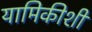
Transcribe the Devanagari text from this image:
यामिकीशी